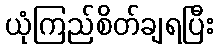
ယုံကြည်စိတ်ချရပြီး